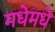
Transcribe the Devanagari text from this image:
मधेमधे